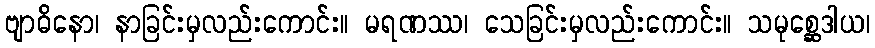
ဗျာဓိနော၊ နာခြင်းမှလည်းကောင်း။ မရဏဿ၊ သေခြင်းမှလည်းကောင်း။ သမုစ္ဆေဒါယ၊